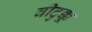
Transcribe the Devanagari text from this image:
वीटुक्कू